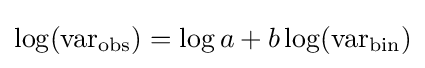
\log({\text{var}}_{\text{obs}})=\log a+b\log({\text{var}}_{\text{bin}})